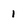
Character: 1